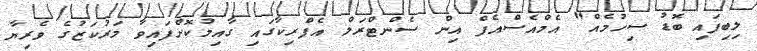
ލިބިފައި ބޮޑު ސިހުމެއް" އެމްއެސްއެފް އިން ސެންޓްރަލް އެފްރިކާގައި ގާއިމުކޮށްފައިވާ މަރުކަޒުގެ ވެރިޔާ